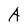
Character: A